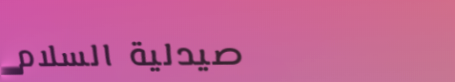
صيدلية السلام